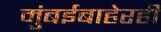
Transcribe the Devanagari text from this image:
मुंबईबाहेरही